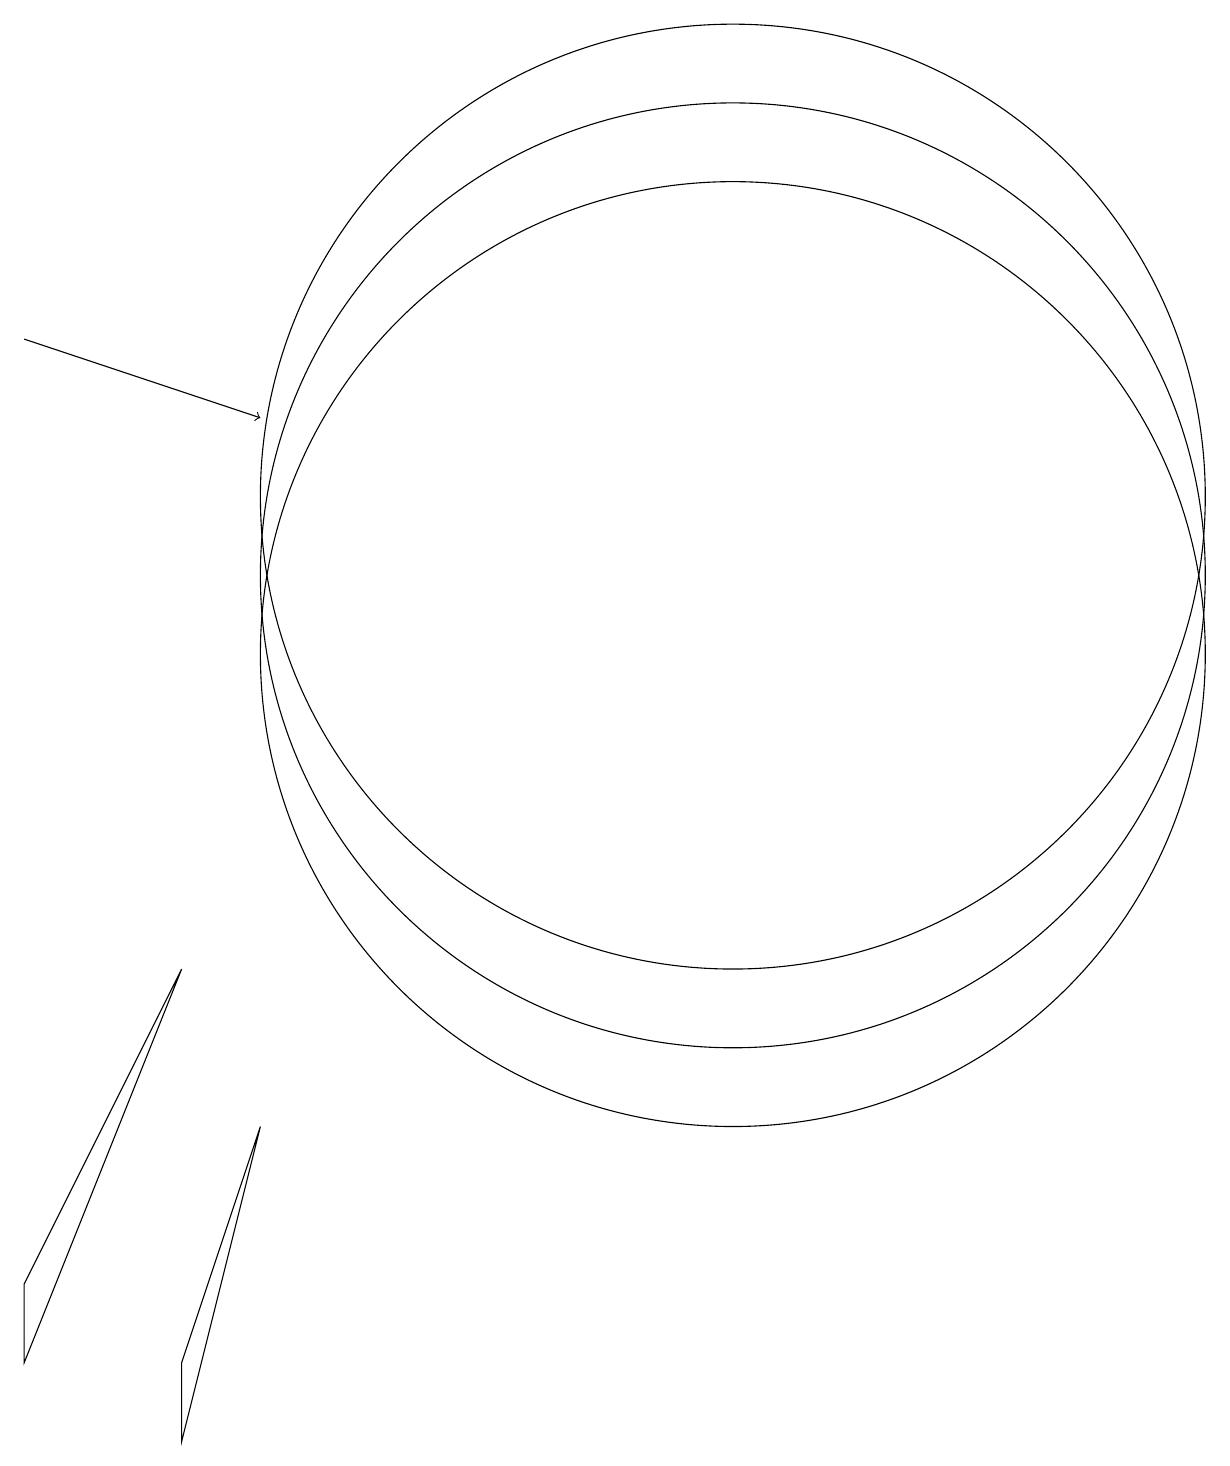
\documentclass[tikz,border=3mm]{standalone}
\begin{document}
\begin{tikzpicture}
\draw (11,11) circle (6);
\draw[->] (2,14) -- (5,13);
\draw (11,10) circle (6);
\draw (11,12) circle (6);
\draw (2,2) -- (4,6) -- (2,1) -- cycle;
\draw (4,1) -- (5,4) -- (4,0) -- cycle;
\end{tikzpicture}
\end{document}